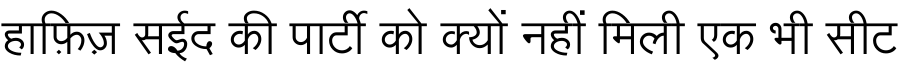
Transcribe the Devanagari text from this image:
हाफ़िज़ सईद की पार्टी को क्यों नहीं मिली एक भी सीट